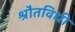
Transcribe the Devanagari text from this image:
श्रौतविधी